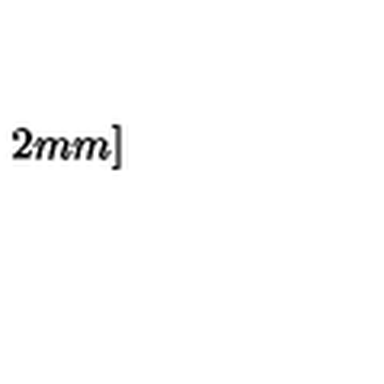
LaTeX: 2 m m ]